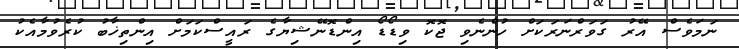
ނަމަވެސް އޭރު ގަވަރްނަރަކަށް ހުންނެވި ޖޮކޮ ވިޑޯޑޯ އިންޑޮނޭޝިޔާގެ ރައީސްކަމަށް އިންތިޚާބު ކުރެވުމާއެކު